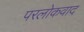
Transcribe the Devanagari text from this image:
परलोकवाद